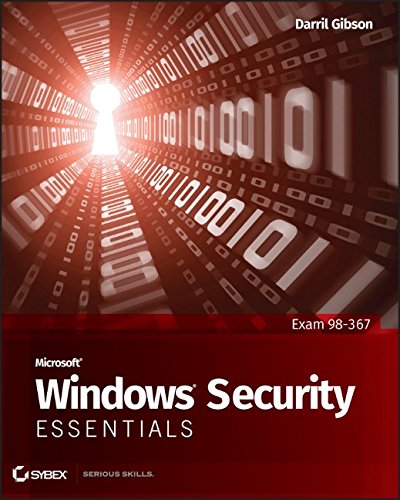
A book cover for Microsoft Windows Security Essentials; Darril Gibson; Computers & Technology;